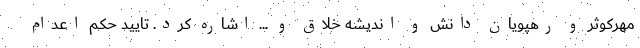
مهرکوثر و رهپویان دانش و اندیشه خلاق و ... اشاره کرد. تایید حکم اعدام